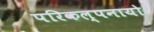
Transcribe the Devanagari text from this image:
परिकल्पनायो